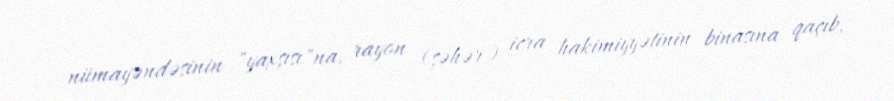
nümayəndəsinin "yaxşısı"na, rayon (şəhər) icra hakimiyyətinin binasına qaçıb,